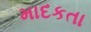
માદકતા